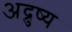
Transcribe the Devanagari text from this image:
अद्रुष्य